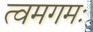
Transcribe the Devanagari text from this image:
त्वमगमः